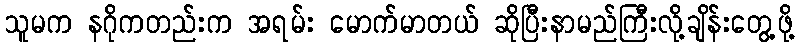
သူမက နဂိုကတည်းက အရမ်း မောက်မာတယ် ဆိုပြီးနာမည်ကြီးလို့ချိန်းတွေ့ဖို့